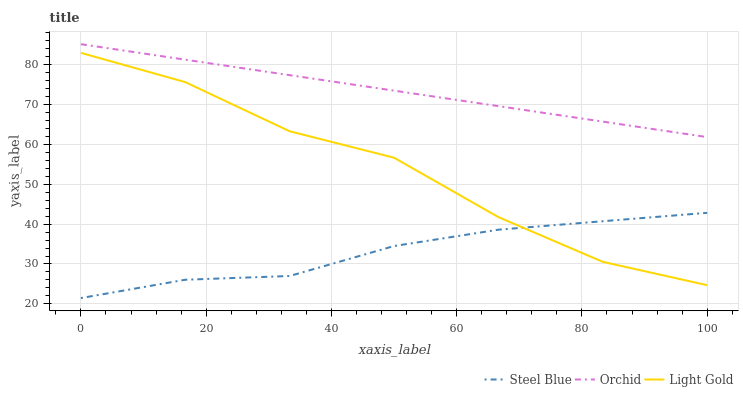
| xaxis_label | Steel Blue | Orchid | Light Gold |
 | --- | --- | --- | --- |
 | 0 | 21.5 | 85 | 82.8 |
 | 16.7 | 26.1 | 81.1 | 75.5 |
 | 33.3 | 27 | 77.3 | 63.2 |
 | 50 | 34.5 | 73.4 | 56.6 |
 | 66.7 | 38.6 | 69.5 | 41.7 |
 | 83.3 | 40.7 | 65.6 | 30.5 |
 | 100 | 42.8 | 61.8 | 24.7 |